Vaccination United Provinces of Agra and Oudh 1923-1928 - 1923-1928
Year: 1923
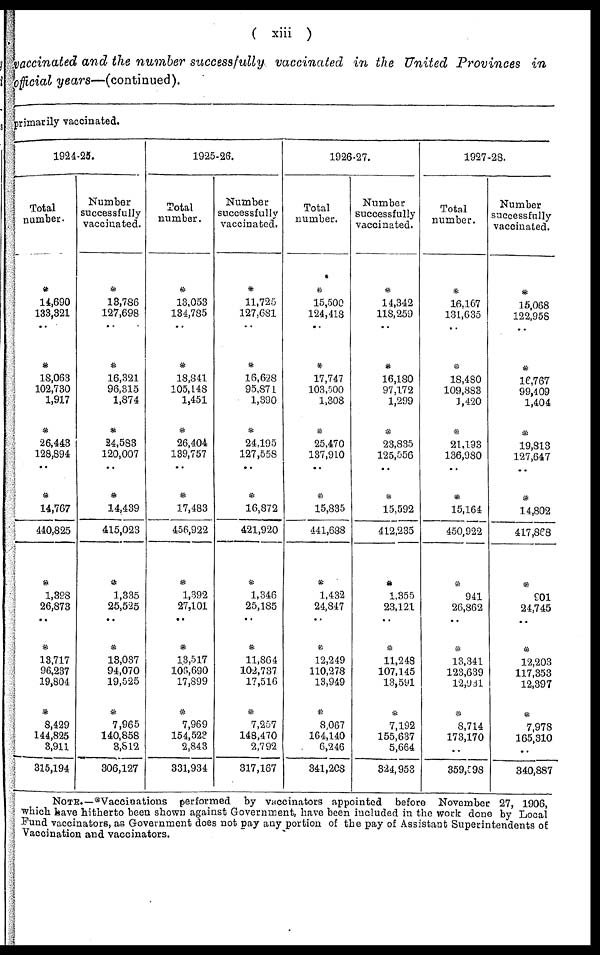
( xiii )
vaccinated and the number successfully vaccinated in the United Provinces in
official years—(continued).
primarily vaccinated.
1924-25.
Total
number.
*
14,690
133,321
..
*
18,063
102,730
1,917
*
26,443
128,894
..
*
14,767
440,825
*
1,398
26,873
..
*
13,717
96,237
19,804
*
8,429
144,825
3,911
315,194
Number
successfully
vaccinated.
*
13,786
127,698
..
*
16,321
96,315
1,874
*
24,583
120,007
..
*
14,439
415,023
*
1,335
25,525
..
*
13,037
94,070
19,525
*
7,965
140,858
3,812
306,127
1925-26.
Total
number.
*
13,053
134,785
..
*
18,841
105,148
1,451
*
26,404
139,757
..
*
17,483
456,922
*
1,392
27,101
..
*
13,517
106,690
17,899
*
7,969
154,523
2,843
331,934
Number
successfully
vaccinated.
*
11,725
127,681
..
*
16,628
95,871
1,390
*
24,195
127,558
..
*
16,872
421,920
*
1,346
25,185
..
*
11,864
102,737
17,516
*
7,257
148,470
2,792
317,167
1926-27.
Total
number.
*
15,500
124,418
..
*
17,747
103,500
1,308
*
25,470
137,910
..
*
15,835
441,688
*
1,432
24,847
..
*
12,249
110,278
13,949
*
8,067
164,140
6,246
341,208
Number
successfully
vaccinated.
*
14,342
118,259
..
*
16,180
97,172
1,299
*
23,835
125,556
..
*
15,592
412,235
*
1,355
23,121
..
*
11,248
107,145
13,591
*
7,192
155,637
5,664
324,953
1927-28.
Total
number.
*
16,167
131,635
..
*
18,480
109,883
1,420
*
21,193
136,980
..
*
15,164
450,922
*
941
26,862
..
*
13,341
123,639
12,931
*
8,714
173,170
..
359,598
Number
successfully
vaccinated.
*
15,068
122,958
..
*
16,767
99,409
1,404
*
19,813
127,647
..
*
14,802
417,868
*
901
24,745
..
*
12,203
117,353
12,397
*
7,978
165,310
..
340,887
NOTE.—*Vaccinations performed by vaccinators appointed before November 27, 1906,
which have hitherto been shown against Government, have been included in the work done by Local
Fund vaccinators, as Government does not pay any portion of the pay of Assistant Superintendents of
Vaccination and vaccinators.